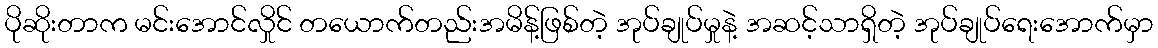
ပိုဆိုးတာက မင်းအောင်လှိုင် တယောက်တည်းအမိန့်ဖြစ်တဲ့ အုပ်ချုပ်မှုနဲ့ အဆင့်သာရှိတဲ့ အုပ်ချုပ်ရေးအောက်မှာ